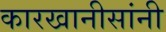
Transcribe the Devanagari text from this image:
कारखानीसांनी